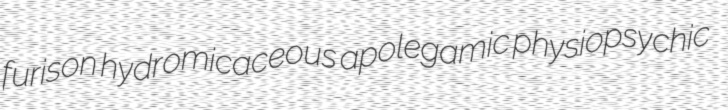
furison hydromicaceous apolegamic physiopsychic